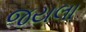
જયલા